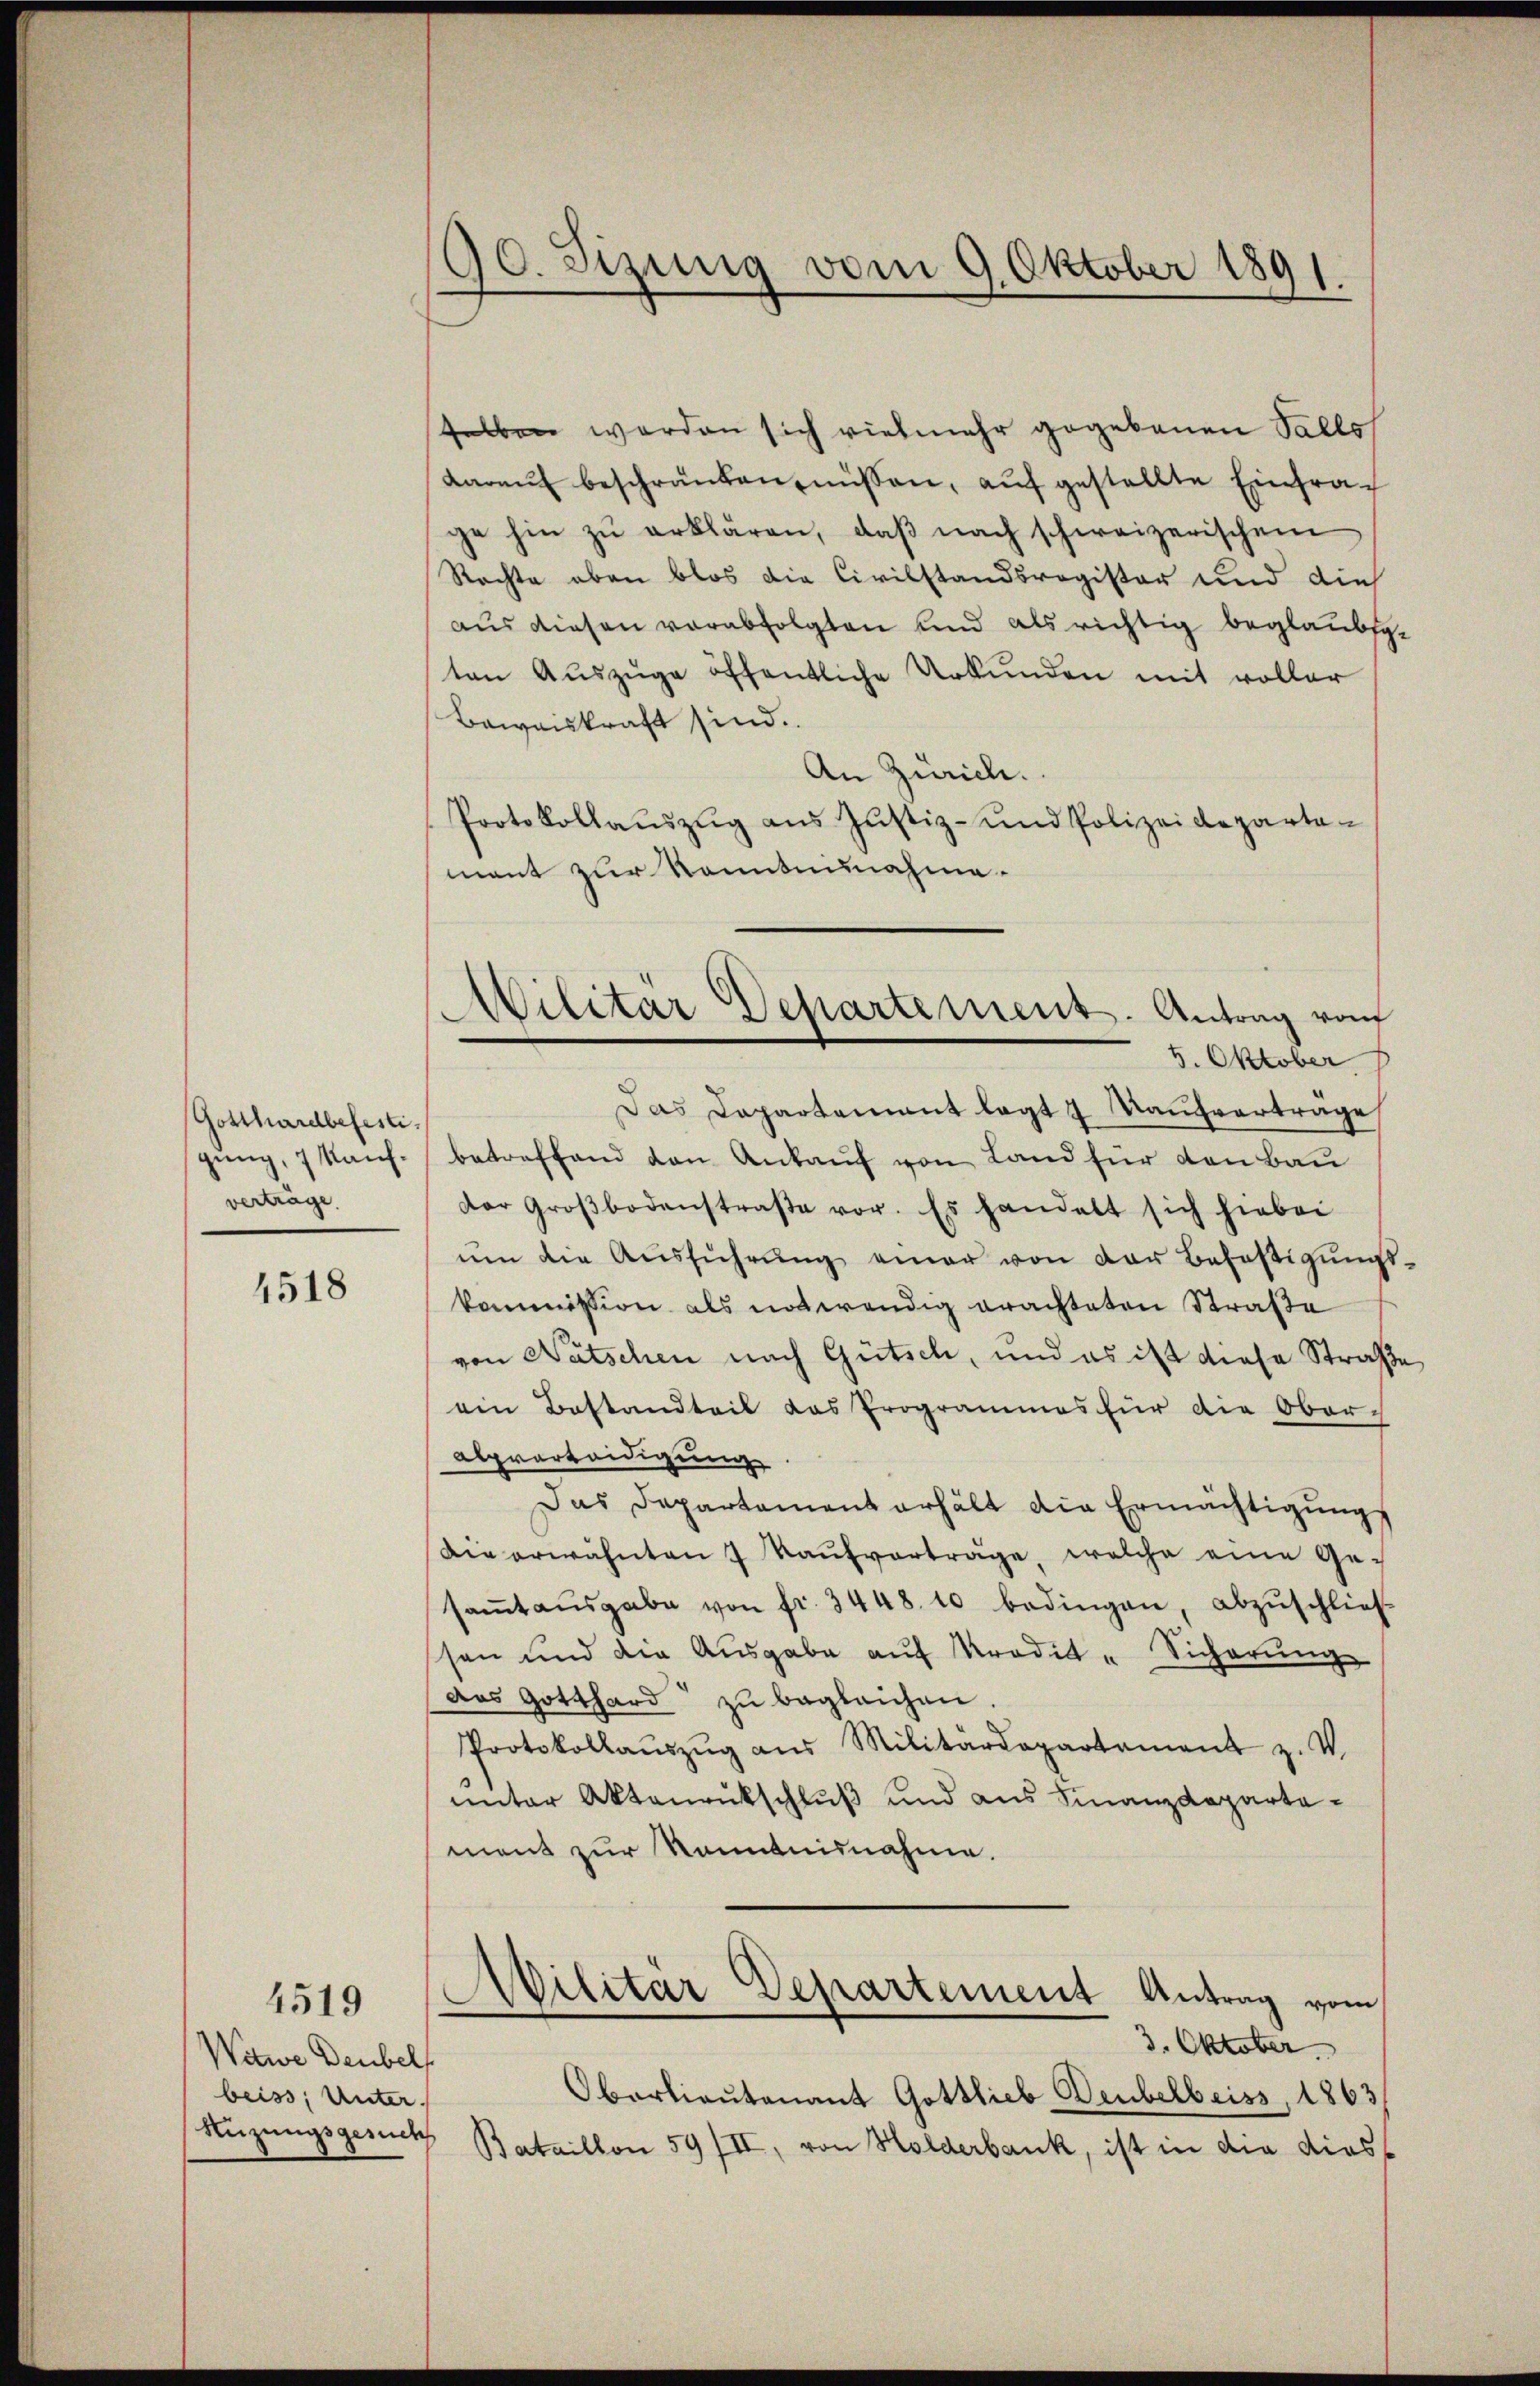
Gotthardbefesti
gung, 7 Kaufverträge.

4518

4519

Witwe Deubelf
beiss, Unter
Rüzungsgesuch

90. Sizung vom 9. Oktober 1891.

selben werden sich vielmehr gegebenen Salls
daraŭf beschränken müssen, auf gestellte Einfrage hin zŭ erklären, daβ nach schweizerischen
Rechte eben blos die Civilstandsregister und dies
aus diesen verabfolgten und als richtig beglaubsge
ten Auszüge öffentliche Urkunden mit voller
Beweiskraft sind.
An Zürich.
Protokollaŭszŭg aŭs Jŭstiz- und Polizeideparta-
mant zur Kenntnisnahme.
Das Departement legt 7 Kaufvertrage
betreffend den Ankauf von Land für den Bau
der Groβbodenstraβe vor. Es handelt sich hiebei
ŭm die Aŭsführŭng einer von der Befäβigŭngs-
kommission als notwendig erachteten Straße
von Natschen nach Gütsch, und es ist diese Straße
ein Bestandteil das Programmes für die Ober-
alperteidigung
Das Departament erhält die Ermächtigŭngs
Die erwähnten 7 Kaŭfverträge, welche eine Ge-
saṁtaŭsgabe von fr. 3448. 10 bedingen, abzŭschließ
ssen und die Ausgabe auf Kredit - Sicherung
das Gotthard zŭ begleichen.
Protokollaŭszŭg aŭs Militärdepartament z. V.
unter Aktenrückschluß und aus Finanzdepartement zur Kenntnisnahme.
Militär Departement Antrag vom
3. Oktober.
Oberlieutenant Gottlieb Deubelbeiss, 1863/
Bataillon 59/II, von Holderbank, ist in die dies

Wilitär Departement. Antrag vom
4. Oktober